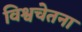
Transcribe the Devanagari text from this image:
विश्वचेतना